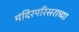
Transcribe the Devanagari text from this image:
मंदिरपरिसराच्या